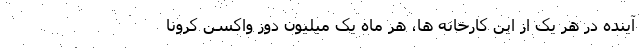
آینده در هر یک از این کارخانه ها، هر ماه یک میلیون دوز واکسن کرونا